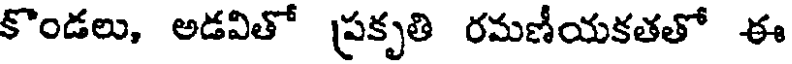
కొండలు, అడవితో ప్రకృతి రమణీయకతతో ఈ